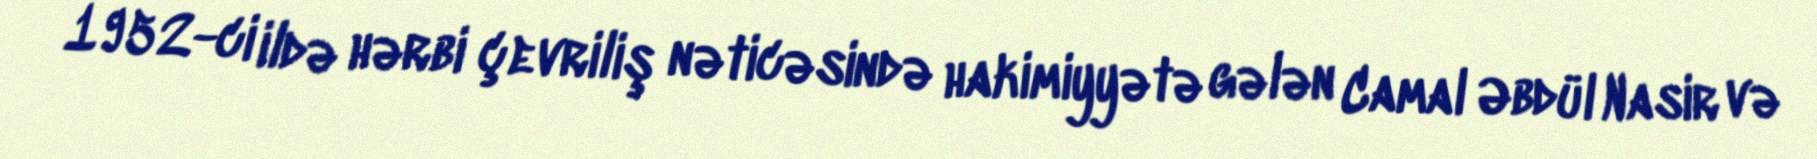
1952-ci ildə hərbi çevriliş nəticəsində hakimiyyətə gələn Camal Əbdül Nasir və